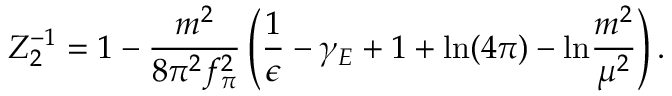
Z _ { 2 } ^ { - 1 } = 1 - \frac { m ^ { 2 } } { 8 \pi ^ { 2 } f _ { \pi } ^ { 2 } } \left( \frac { 1 } { \epsilon } - \gamma _ { E } + 1 + \mathrm { l n } ( 4 \pi ) - \mathrm { l n } \frac { m ^ { 2 } } { \mu ^ { 2 } } \right) .